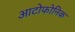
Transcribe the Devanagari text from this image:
आटोफोनिक